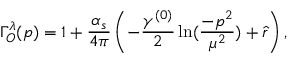
\Gamma _ { O } ^ { \lambda } ( p ) = 1 + \frac { \alpha _ { s } } { 4 \pi } \left( - \frac { \gamma ^ { ( 0 ) } } { 2 } \ln ( \frac { - p ^ { 2 } } { \mu ^ { 2 } } ) + \hat { r } \right) ,